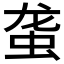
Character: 𰲴